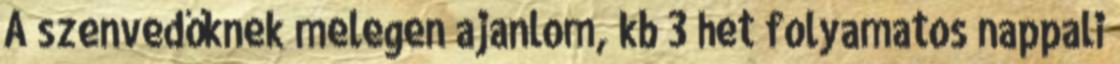
A szenvedőknek melegen ajanlom, kb 3 het folyamatos nappali